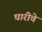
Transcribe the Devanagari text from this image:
घारीचे